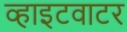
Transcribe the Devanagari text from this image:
व्हाइटवाटर